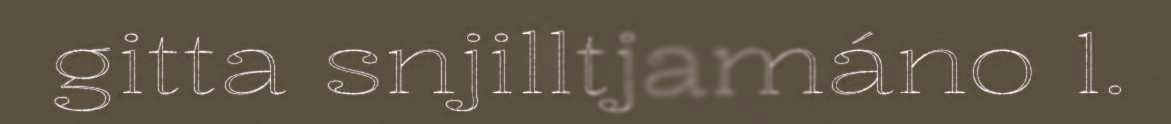
gitta snjilltjamáno 1.